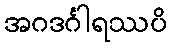
အဂဒင်္ဂါရဿပိ